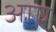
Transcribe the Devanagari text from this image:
अाए